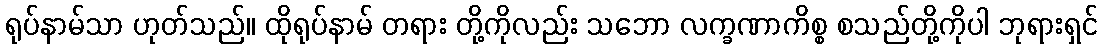
ရုပ်နာမ်သာ ဟုတ်သည်။ ထိုရုပ်နာမ် တရား တို့ကိုလည်း သဘော လက္ခဏာကိစ္စ စသည်တို့ကိုပါ ဘုရားရှင်